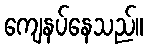
ကျေနပ်နေသည်။